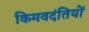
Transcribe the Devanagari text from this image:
किमवदंतियों